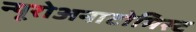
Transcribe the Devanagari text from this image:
न्यूरोअनाटोमिस्ट